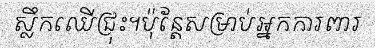
ស្លឹកឈើជ្រុះ។ប៉ុន្តែសម្រាប់អ្នកការពារ